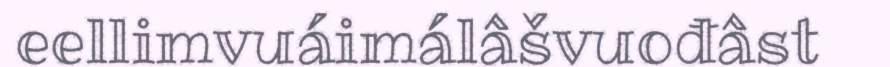
eellimvuáimálâšvuođâst